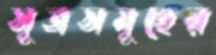
সূত্রসমূহের